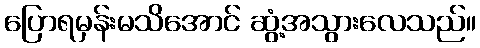
ပြောရမှန်းမသိအောင် ဆွံ့အသွားလေသည်။